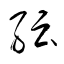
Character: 紜